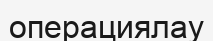
операциялау